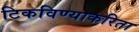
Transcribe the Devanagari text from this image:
टिकविण्याकरिता